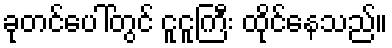
ခုတင်ပေါ်တွင် ငူငူကြီး ထိုင်နေသည်။